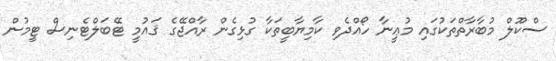
ސްކޫލް މުބާރާތްތަކުގައި މުޢީނާ ހޯއްދެވި ކާމިޔާބީތަކާ ގުޅިގެން ރާއްޖޭގެ ޤައުމީ ޓޭބަލްޓެނިސް ޓީމުން